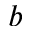
\boldsymbol { b }